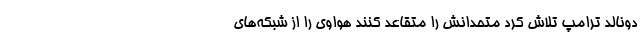
دونالد ترامپ تلاش کرد متحدانش را متقاعد کنند هواوی را از شبکه‌های